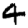
Digit: 4